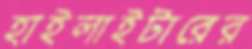
হাইলাইটারের